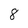
Character: 8